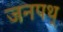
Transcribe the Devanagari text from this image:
जनपथ्